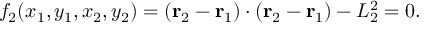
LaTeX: f _ { 2 } ( x _ { 1 } , y _ { 1 } , x _ { 2 } , y _ { 2 } ) = ( \mathbf { r } _ { 2 } - \mathbf { r } _ { 1 } ) \cdot ( \mathbf { r } _ { 2 } - \mathbf { r } _ { 1 } ) - L _ { 2 } ^ { 2 } = 0 .